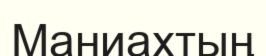
Маниахтың